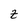
Character: z